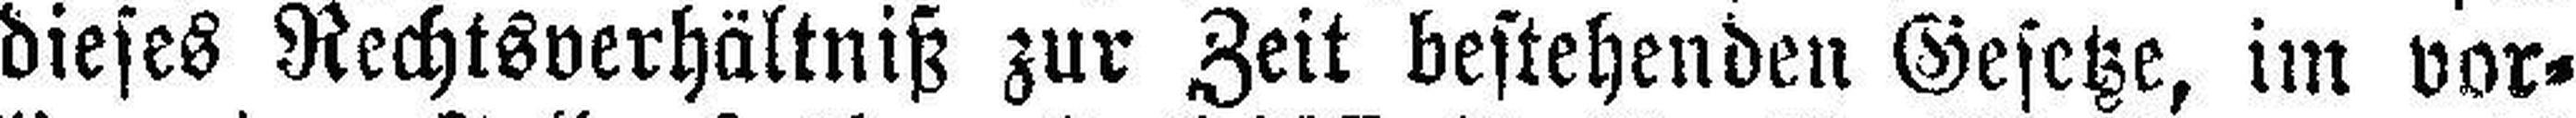
dieses Rechtsverhältniß zur Zeit bestehenden Gesetze, im vor¬